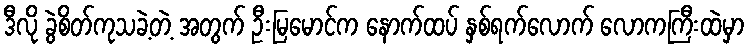
ဒီလို ခွဲစိတ်ကုသခဲ့တဲ့ အတွက် ဦးမြမောင်က နောက်ထပ် နှစ်ရက်လောက် လောကကြီးထဲမှာ